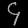
Digit: ၄